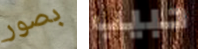
بصور حبيب